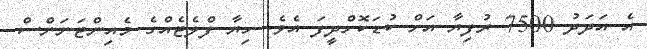
އެ އަދަދު 7500 ރުފިޔާ އަށް ކުޑަކޮށްދީފަ އެވެ. ހިޔާ ފްލެޓެއްގެ މެއިންޓަނަންސް